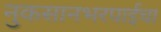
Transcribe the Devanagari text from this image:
नुकसानभरपाईचा